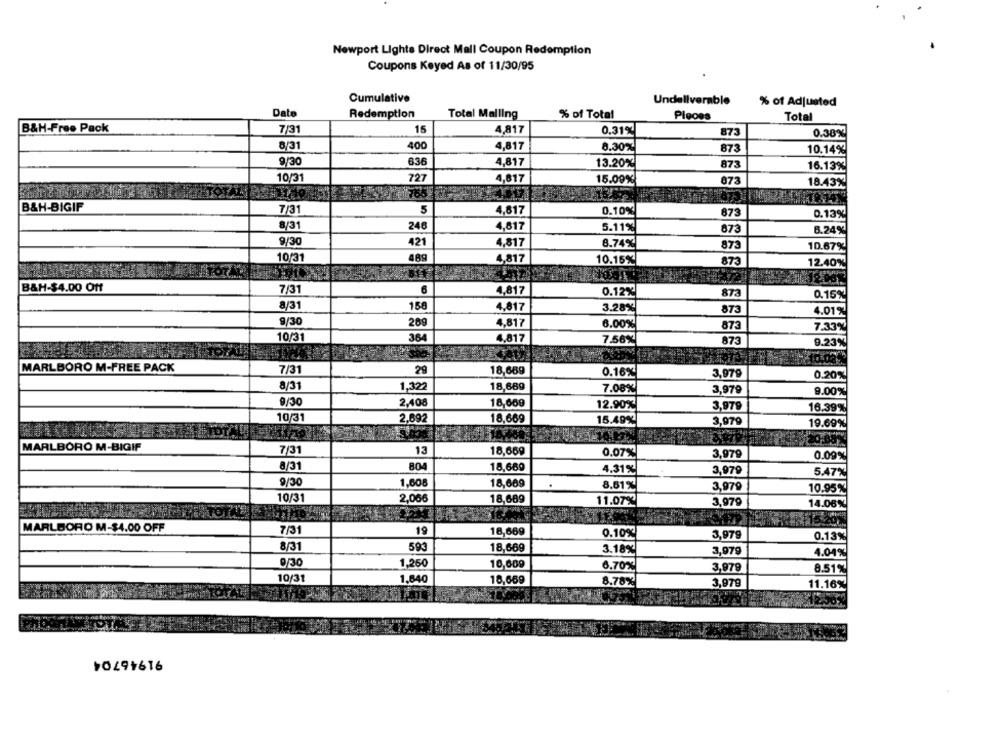
Newport Lights Direct Mall Coupon Redemption
Coupons Keyed As of 11/30/95
Cumulative
Undeliverable
% of Adjusted
Date
Redemption
Total Malling
% of Total
Plgoes
Total
B&H-Free Pack
7/31
15
4,817
0.31%
873
0.38%
8/31
400
4,817
8.30%
873
10.14%
9/30
636
4,817
13.20%
873
16.13%
10/31
727
4,817
15.09%
073
18.43%
B&H-BIGIF
7/31
5
4,817
0.10%
873
0.13%
8/31
246
4,817
5.11%
873
6.24%
9/30
421
4,817
8.74%
873
10.67%
10/31
489
4,817
10.15%
873
12.40%
B&H-$4.00 Off
7/31
6
4,817
0.12%
873
0.15%
8/31
158
4.817
3.28%
873
4.01%
9/30
269
4,817
6.00%
873
7.33%
10/31
364
4.817
7.56%
873
9.23%
MARLBORO M-FREE PACK
7/31
29
18,669
0.16%
3,979
0.20%
8/31
18,689
1,322
7.08%
3,979
9.00%
9/30
2.408
18,660
12.90%
3,979
16.39%
10/31
2.692
18,669
15.49%
3,979
19.69%
MARLBORO M-BIGIF
7/31
13
18,669
0.07%
3,979
0.09%
8/31
804
18,669
4.31%
3,979
5.47%
9/30
1,608
18,689
8,61%
3,979
10.95%
10/31
2,066
18,689
11.07%
3,979
14.06%
MARLBORO M-$4.00 OFF
7/31
19
18,669
0.10%
3,979
0.13%
8/31
593
18,669
3.18%
3,979
4.04%
9/30
1,260
10,609
6.70%
3,979
8.51%
10/31
1,640
18,669
8.78%
3,979
11.16%
¥0491616